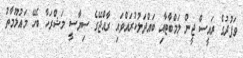
ވަފުދުގެ ރައީސް ޖީން ލަމްބާޓާއި ބައްދަލުކުރައްވައި ރާއްޖޭގެ ސިޔާސީ މަޝްރަހާ ބެހޭ މައުލޫމާތު